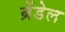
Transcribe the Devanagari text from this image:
ब्रेंडेल